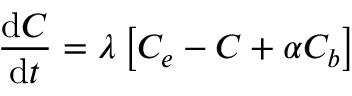
\frac { \mathrm { d } C } { \mathrm { d } t } = \lambda \left[ C _ { e } - C + \alpha C _ { b } \right]